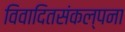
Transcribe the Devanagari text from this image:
विवादितसंकल्पना